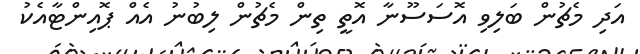
އަދި މެޗުން ބަލިވި އޮސަސޫނާ އޮތީ ތިން މެޗުން ލިބުނު އެއް ޕޮއިންޓާއެކު